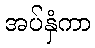
အပ်နှံကာ